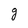
Character: g